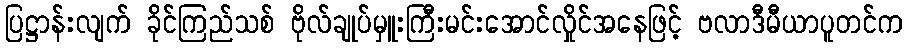
ပြဋ္ဌာန်းလျက် ခိုင်ကြည်သစ် ဗိုလ်ချုပ်မှူးကြီးမင်းအောင်လှိုင်အနေဖြင့် ဗလာဒီမီယာပူတင်က